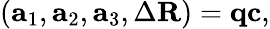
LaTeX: \left(\begin{array}{l}{\mathbf{a}_{1},\mathbf{a}_{2},\mathbf{a}_{3},\Delta\mathbf{R}}\end{array}\right)=\mathbf{q}\mathbf{c},